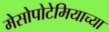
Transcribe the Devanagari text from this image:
मेसोपोटेमियाच्या